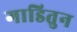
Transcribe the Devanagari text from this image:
गाडितुन